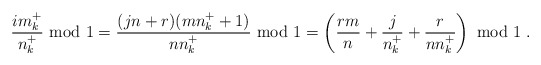
\begin{align*}\frac{i m_k^+}{n_k^+} {\rm ~mod~} 1 =\frac{(j n + r)(m n_k^+ + 1)}{n n_k^+} {\rm ~mod~} 1= \left( \frac{r m}{n} + \frac{j}{n_k^+} + \frac{r}{n n_k^+} \right) {\rm ~mod~} 1 \;.\end{align*}